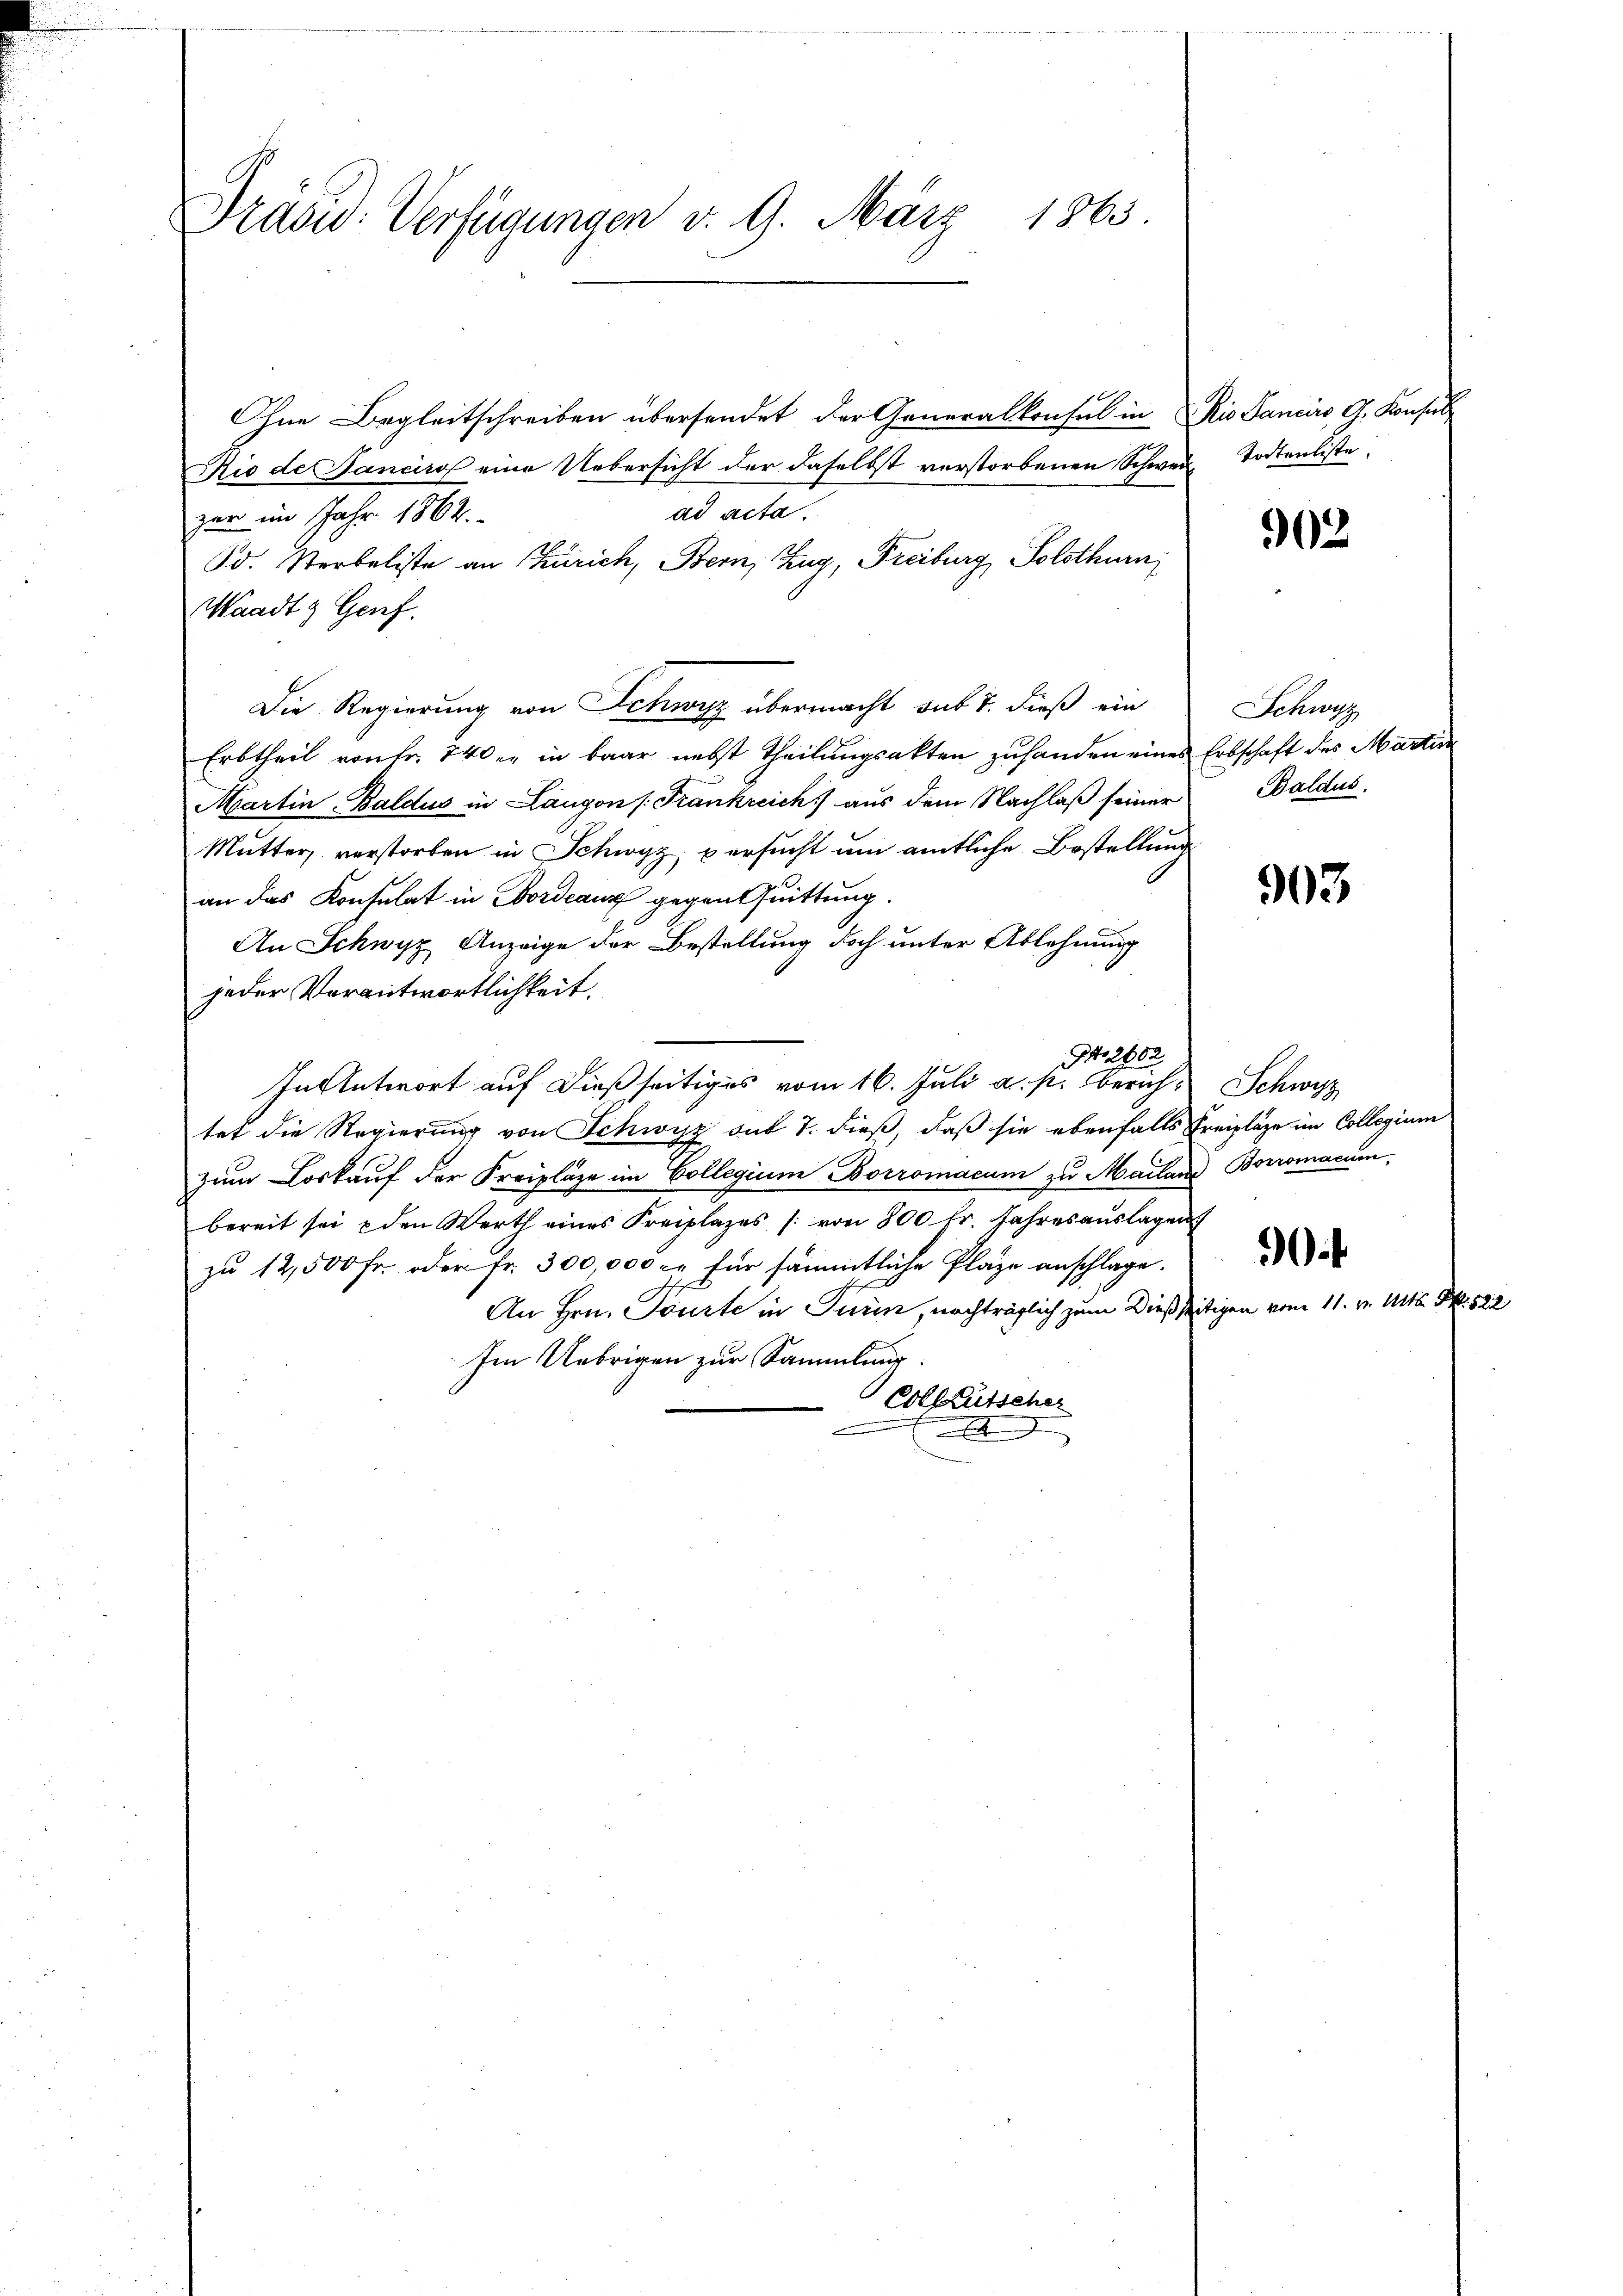
Traow: Verfügungen v. 9. März 1863.

Ohne Begleitschreiben übersendet der Generalkonsul in Rio Sanciro G. Konsul
Rio de Sanciro eine Uebersicht der daselbst verstorbenen Schwere Todtenliste
ad acta.
zer im Jahr 1862.
d. Sterbaliste an Zürich, Bern, Zug, Freiburg, Solothurn
Waadt & Genf.
Die Regierung von Schwyz übermacht sub 7. dieß ein
Erbtheil von Fr. 740 er in baar nebst Theilungsakten zuhanden eines Erbschaft des Martin
Martin Baldus in Langon /: Frankreich) aus dem Nachlaß seiner Baldus
Mutter verstorben in Schwyz, versucht um amtliche Bestellung
an das Konsulat in Bordeauz gegen Quittung.
An Schwyz Anzeige der Bestellung doch unter Ablehnung
jeder Verantwortlichkeit.
G. 2662
In Antwort auf dießseitiges vom 16. Juli a. p. bericht Schwyz
tet die Regierung von Schwyz sub 7. dieß, daß sie ebenfalls Freipläge im Collegium
zum Loskauf der Freipläge im Collegium Borromacum zu Mailand Boromanen,
bereit sei u den Werth eines Kreiplazes (von 800 fr. Jahresaŭslagen
zu 12,500 Fr. oder fr. 300,000 c. für sämmtliche Pläge anschlage.
An Hrn. Tourte in Turin, nachträglich zum Dießseitigen vom 11. v. Mts. S. 522
Im Uebrigen zur Sammlung.
olktütscher

902

Schwyz

903

.